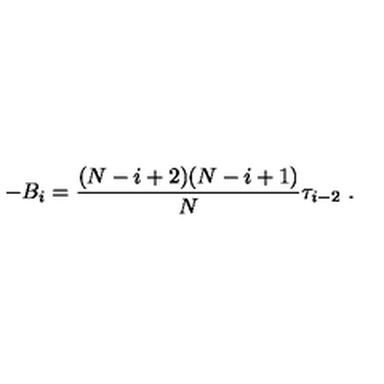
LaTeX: - B _ { i } = { \frac { ( N - i + 2 ) ( N - i + 1 ) } { N } } \tau _ { i - 2 } \ .